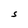
Character: S